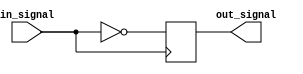
module inverter_delay (
    input wire in_signal,
    output reg out_signal
);

reg inverter_out;

assign out_signal = inverter_out;

/* Inverter logic */
always @ (posedge in_signal)
    inverter_out <= ~in_signal;

endmodule